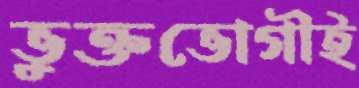
ভুক্তভোগীই